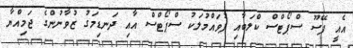
އެއީ ފޭސޫ ސްޕޯޓްސް ކްލަބާއި ފުވައްމުލަކު ސްޕޯޓްސް އާއި ދަނޑިމަގު ޒުވާނުންގެ ޖަމިއްޔާ